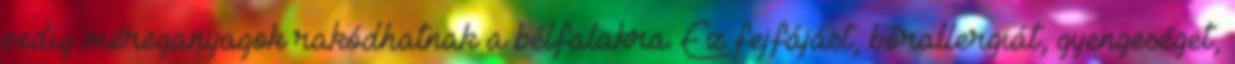
pedig méreganyagok rakódhatnak a bélfalakra. Ez fejfájást, bőrallergiát, gyengeséget,